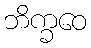
ဘိက္ခဝေ